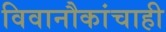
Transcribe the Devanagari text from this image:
विवानौकांचाही